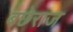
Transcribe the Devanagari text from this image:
बछेराज